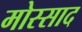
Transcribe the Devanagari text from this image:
मोस्साद